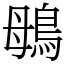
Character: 䳇